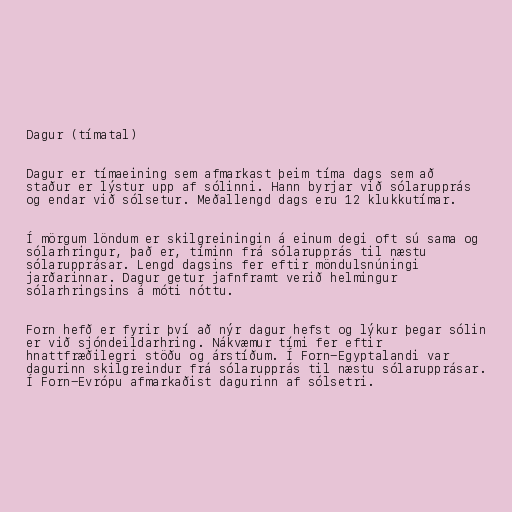
Dagur (tímatal)

Dagur er tímaeining sem afmarkast þeim tíma dags sem að
staður er lýstur upp af sólinni. Hann byrjar við sólarupprás
og endar við sólsetur. Meðallengd dags eru 12 klukkutímar.

Í mörgum löndum er skilgreiningin á einum degi oft sú sama og
sólarhringur, það er, tíminn frá sólarupprás til næstu
sólarupprásar. Lengd dagsins fer eftir möndulsnúningi
jarðarinnar. Dagur getur jafnframt verið helmingur
sólarhringsins á móti nóttu.

Forn hefð er fyrir því að nýr dagur hefst og lýkur þegar sólin
er við sjóndeildarhring. Nákvæmur tími fer eftir
hnattfræðilegri stöðu og árstíðum. Í Forn-Egyptalandi var
dagurinn skilgreindur frá sólarupprás til næstu sólarupprásar.
Í Forn-Evrópu afmarkaðist dagurinn af sólsetri.